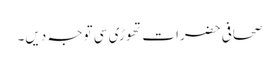
صحافی حضرات تھوڑی سی توجہ دیں۔